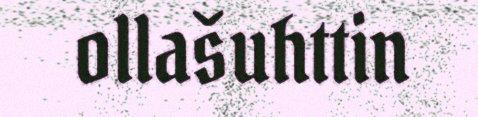
ollašuhttin